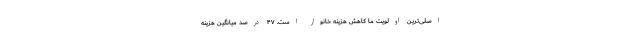
اصلی‌ترین اولویت ما کاهش هزینه خانوار است. ۴۷ درصد میانگین هزینه